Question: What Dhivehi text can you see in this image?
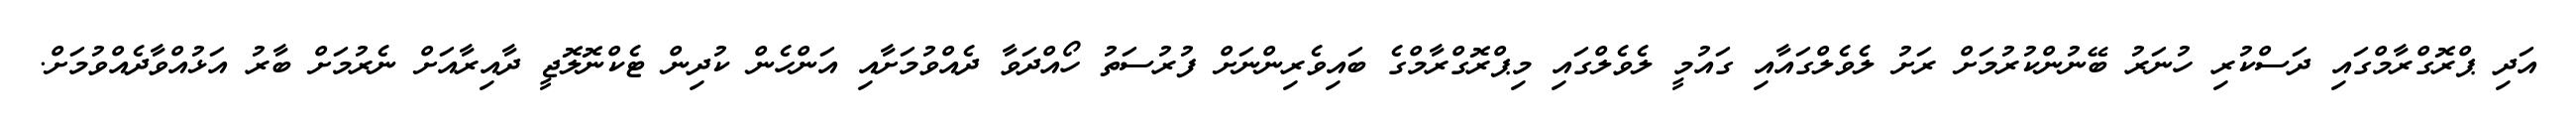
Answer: އަދި ޕްރޮގްރާމްގައި ދަސްކުރި ހުނަރު ބޭނުންކުރުމަށް ރަށު ލެވެލްގައާއި ގައުމީ ލެވެލްގައި މިޕްރޮގްރާމްގެ ބައިވެރިންނަށް ފުރުސަތު ހޯއްދަވާ ދެއްވުމަށާއި އަންހެން ކުދިން ޓެކްނޮލޮޖީ ދާއިރާއަށް ނެރުމަށް ބާރު އަޅުއްވާދެއްވުމަށް.